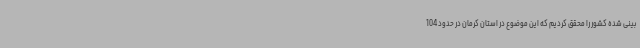
بینی شده کشور را محقق کردیم که این موضوع در استان کرمان در حدود 104